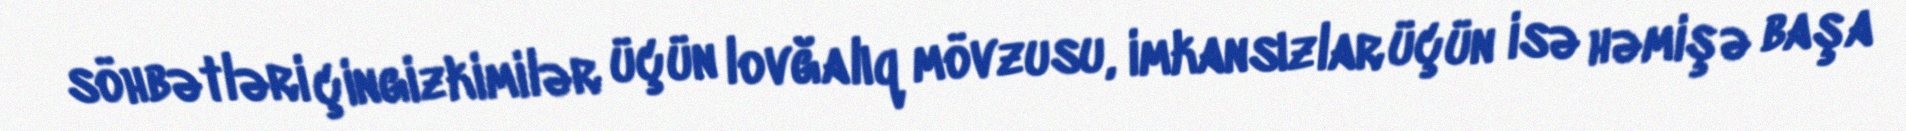
söhbətləri çingizkimilər üçün lovğalıq mövzusu, imkansızlar üçün isə həmişə başa